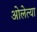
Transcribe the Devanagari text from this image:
ओलेत्या